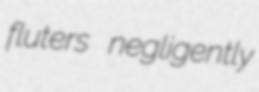
fluters negligently